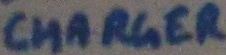
Text: CHARGER